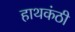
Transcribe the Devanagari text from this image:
हाथकंठी